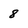
Character: 8